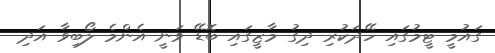
ގައުމީ ޓީމުގައި ހޭދަކުރި ދިގު މާޒީގައި ބޮޑޭ ވަނީ އެންމެ ލޯބިވާ އަދި